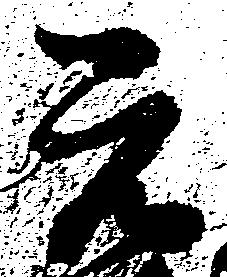
元